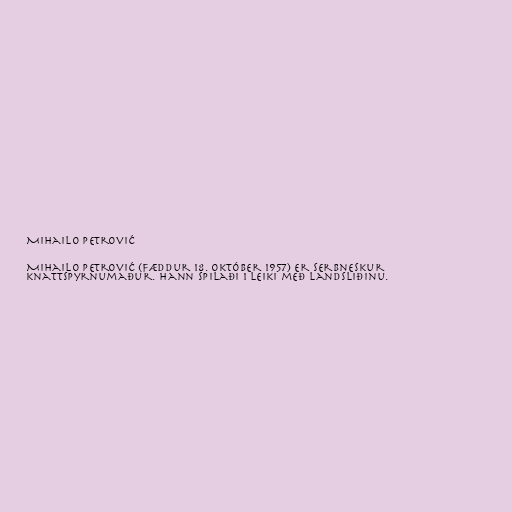
Mihailo Petrović

Mihailo Petrović (fæddur 18. október 1957) er serbneskur
knattspyrnumaður. Hann spilaði 1 leiki með landsliðinu.